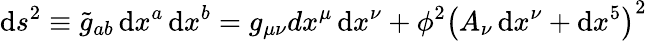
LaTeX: \operatorname{d}\! s^{2}\equiv{\widetilde{g}}_{ab}\operatorname{d}\! x^{a}\operatorname{d}\! x^{b}=g_{\mu\nu}dx^{\mu}\operatorname{d}\! x^{\nu}+\phi^{2}\left(A_{\nu}\operatorname{d}\! x^{\nu}+\operatorname{d}\! x^{5}\right)^{2}